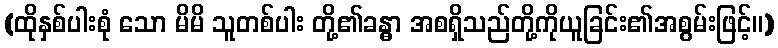
(ထိုနှစ်ပါးစုံ သော မိမိ သူတစ်ပါး တို့၏ခန္ဓာ အစရှိသည်တို့ကိုယူခြင်း၏အစွမ်းဖြင့်။)